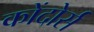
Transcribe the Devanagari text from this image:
कोंदोर्स